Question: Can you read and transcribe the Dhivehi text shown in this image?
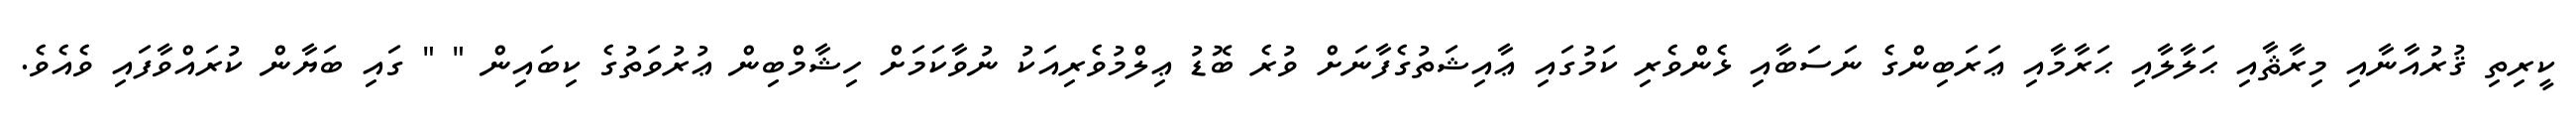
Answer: ކީރިތި ޤުރުއާނާއި މިރާޘާއި ޙަލާލާއި ޙަރާމާއި ޢަރަބިންގެ ނަސަބާއި ޅެންވެރި ކަމުގައި ޢާއިޝަތުގެފާނަށް ވުރެ ބޮޑު ޢިލްމުވެރިއަކު ނުވާކަމަށް ހިޝާމްބިން ޢުރުވަތުގެ ކިބައިން " " ގައި ބަޔާން ކުރައްވާފައި ވެއެވެ.